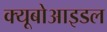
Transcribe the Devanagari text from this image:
क्यूबोआइडल